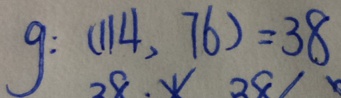
g : ( 1 1 4 . 7 6 ) = 3 8